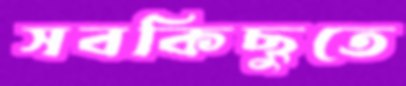
সবকিছুতে